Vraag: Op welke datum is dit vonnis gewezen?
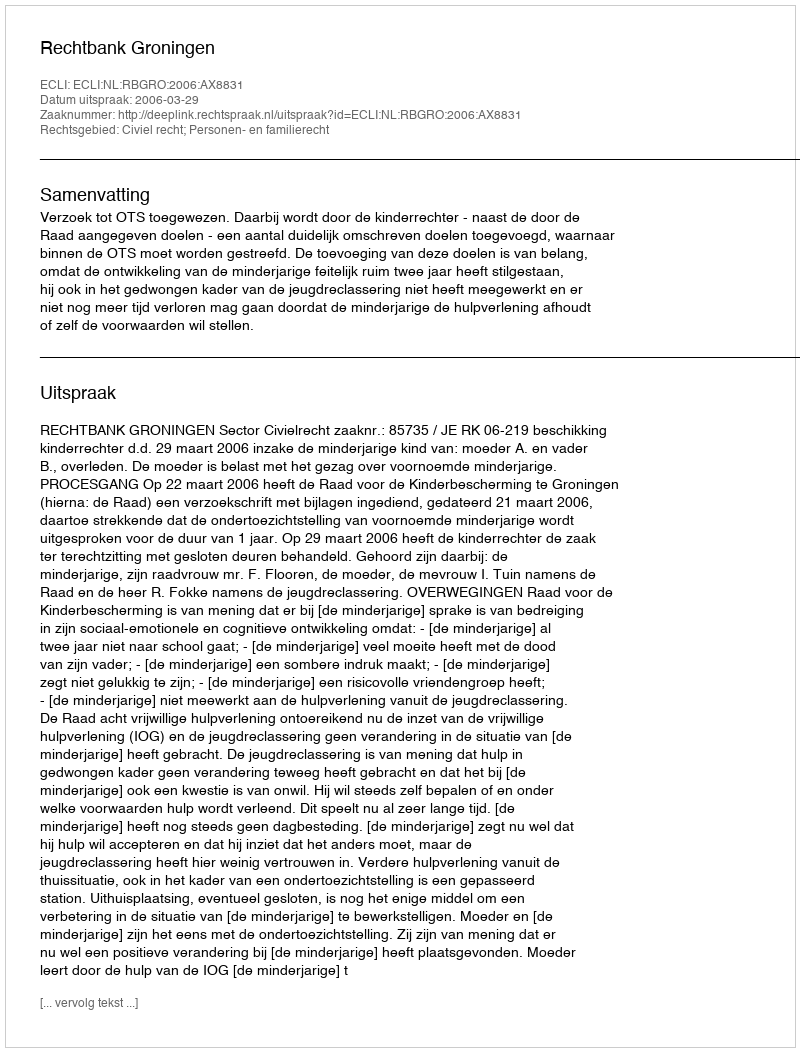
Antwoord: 2006-03-29